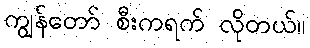
ကျွန်တော် စီးကရက် လိုတယ်။